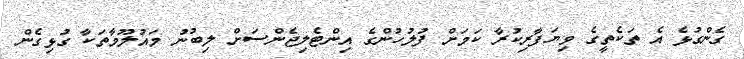
ގެންގުޅެ އެ ތަކެތީގެ ވިޔަފާރިކުރާ ކަމަށް ފުލުހުންގެ އިންޓެލިޖެންސަށް ލިބުނު މައުލޫމާތަކާ ގުޅިގެން